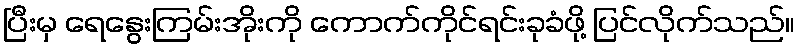
ပြီးမှ ရေနွေးကြမ်းအိုးကို ကောက်ကိုင်ရင်းခုခံဖို့ ပြင်လိုက်သည်။